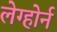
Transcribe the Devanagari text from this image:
लेग्होर्न